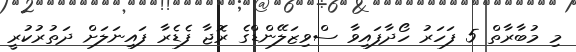
މި މުބާރާތް 5 ފަހަރު ހޯދާފައިވާ ސްވިޒަލޭންޑްގެ ރޮޖާ ފެޑެރާ ފައިނަލަށް ދަތުރުކުރީ